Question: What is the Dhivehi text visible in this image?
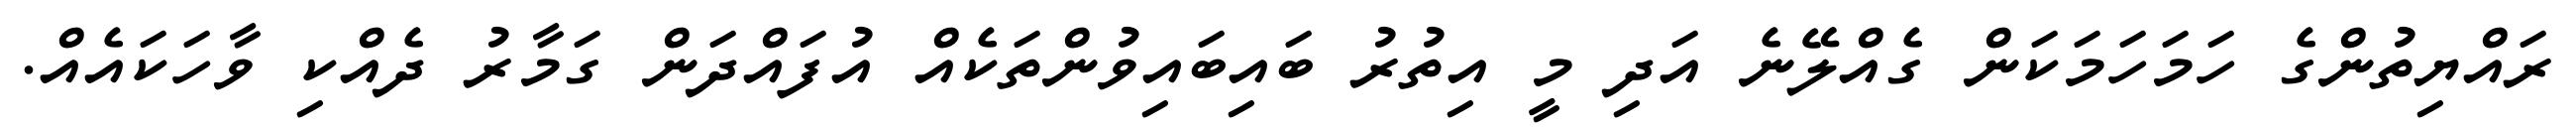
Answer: ރައްޔިތުންގެ ހަމަހަމަކަން ގެއްލޭނެ އަދި މީ އިތުރު ބައިބައިވުންތަކެއް އުފައްދަން ގަމާރު ދެއްކި ވާހަކައެއް.